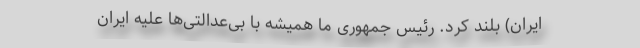
ایران) بلند کرد. رئیس جمهوری ما همیشه با بی‌عدالتی‌ها علیه ایران